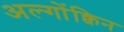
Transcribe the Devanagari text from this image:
अल्गोंक्विन